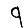
Digit: 9